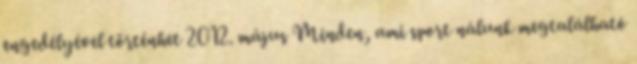
engedélyével történhet 2012. május Minden, ami sport nálunk megtalálható